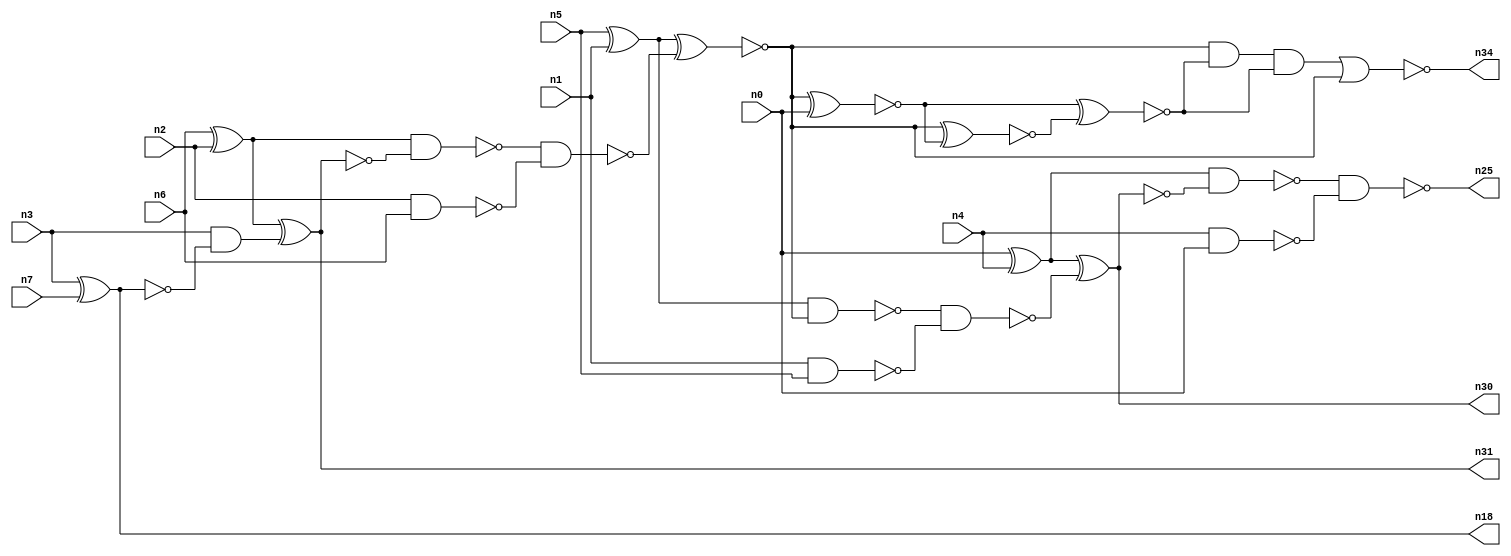
// This program was cloned from: https://github.com/umar-afzaal/ReCkt
// License: MIT License

// This file contains a pareto-optimal circuit with respect to area and the fault-resilince parameter p_fault which is defined as:
// "For all input vectors, the ratio of the no. of faults observable at the POs to the no. of total possible faults in the circuit".
// This code is part of the ReCkt library (https://github.com/umar-afzaal/ReCkt) distributed under The MIT License.
// When used, please cite the following article(s):
// U. Afzaal, A.S. Hassan, M. Usman and J.A. Lee, "On the Evolutionary Synthesis of Increased Fault-resilience Arithmetic Circuits".

// p_fault = 74.1 %    (Lower is better)
// gates = 27.0
// levels = 12
// area = 35.94    (For MCNC library relative to nand2)
// power = 161.1 uW    (Berkely-SIS for MCNC library @ Vdd=5V and 20 MHz clock)
// delay = 21.7 ns    (Berkely-ABC for MCNC library)
// PDP = 3.49587e-12 J

// Pin mapping:
// {n0, n1, n2, n3} = A[3:0]
// {n4, n5, n6, n7} = B[3:0]
// {n25, n30, n34, n31, n18} = O[4:0]

module addr4u_area_11 (
n0, n1, n2, n3, n4, n5, n6, n7, 
n25, n30, n34, n31, n18
);

input n0, n1, n2, n3, n4, n5, n6, n7;
output n25, n30, n34, n31, n18;
wire n29, n13, n24, n20, n9, n23, n14, n16, n8, n22, n15, n32, n10, n26, n19, n21, n33, n27, n11, n28, 
n12, n17;

nand (n8, n2, n6);
xnor (n9, n3, n7);
nand (n10, n1, n5);
nand (n11, n4, n0);
xor (n12, n5, n1);
xor (n13, n0, n4);
xor (n14, n6, n2);
and (n15, n3, n9);
xnor (n16, n14, n15);
nand (n17, n14, n16);
nand (n18, n9, n9);
nand (n19, n17, n8);
xnor (n20, n12, n19);
nand (n21, n12, n20);
nand (n22, n21, n10);
xnor (n23, n13, n22);
nand (n24, n13, n23);
nand (n25, n24, n11);
xnor (n26, n20, n0);
xnor (n27, n20, n26);
and (n28, n16, n16);
xnor (n29, n26, n27);
nor (n30, n23, n23);
nor (n31, n16, n28);
and (n32, n20, n29);
and (n33, n32, n29);
nor (n34, n33, n20);

endmodule